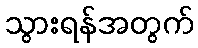
သွားရန်အတွက်